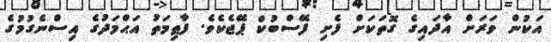
އަކުން ވަރަށް އާދައިގެ ގޮތަކަށް ފެށި ފޭސްބުކް ޕޭޖެކެވެ. ފާޠިމަތު އަޙްމަދުގެ އިސްނެގުމުގެ